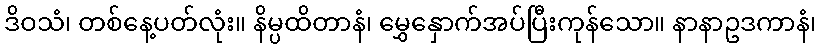
ဒိဝသံ၊ တစ်နေ့ပတ်လုံး။ နိမ္ပထိတာနံ၊ မွှေနှောက်အပ်ပြီးကုန်သော။ နာနာဥဒကာနံ၊